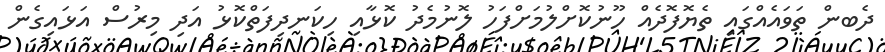
ދެބން ތަވައެއްގައި ތެޔޮފޮދެއް ހޫނުކޮށްލުމަށްފަހު ލޮނުމެދު ކޮޅާއި ހިކަނދިފަތްކޮޅު އަދި މިރުސް އަޅައިގެން